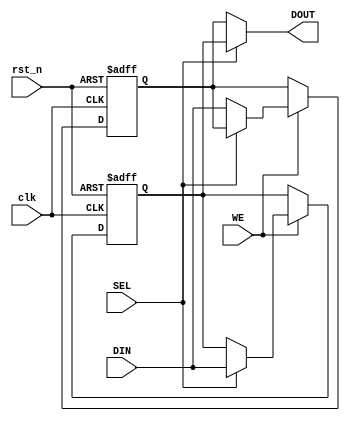
module double_buffer_register #(
    parameter DATA_WIDTH = 8  // Parameter for width of data input/output
)(
    input wire clk,            // Clock signal
    input wire rst_n,          // Active low reset signal
    input wire WE,             // Write Enable
    input wire SEL,            // Select signal for active buffer
    input wire [DATA_WIDTH-1:0] DIN, // Data input
    output reg [DATA_WIDTH-1:0] DOUT // Data output
);

// Internal registers for Buffer A and Buffer B
reg [DATA_WIDTH-1:0] buffer_a;
reg [DATA_WIDTH-1:0] buffer_b;

// Sequential logic for writing to the active buffer
always @(posedge clk or negedge rst_n) begin
    if (!rst_n) begin
        // Reset both buffers to zero
        buffer_a <= 0;
        buffer_b <= 0;
    end else if (WE) begin
        // Write data to the selected buffer
        if (SEL) begin
            buffer_a <= DIN; // Write to Buffer A
        end else begin
            buffer_b <= DIN; // Write to Buffer B
        end
    end
end

// Combinational logic for output
always @(*) begin
    // Output data from the selected buffer
    if (SEL) begin
        DOUT = buffer_a; // Read from Buffer A
    end else begin
        DOUT = buffer_b; // Read from Buffer B
    end
end

endmodule